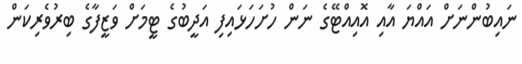
ނައިބުންނަށް އައްޔަ އާއި އޮއިއްޓޭގެ ނަން ހުށަހަޅައިފި އަދީބުގެ ޓީމަށް ވަޒީފާގެ ބިރުވެރިކަން